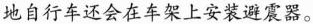
地自行车还会在车架上安装避震器。